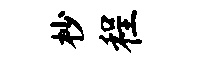
杪程